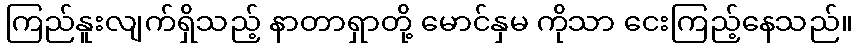
ကြည်နူးလျက်ရှိသည့် နာတာရှာတို့ မောင်နှမ ကိုသာ ငေးကြည့်နေသည်။